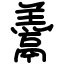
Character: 𩱋